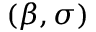
( \beta , \sigma )